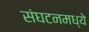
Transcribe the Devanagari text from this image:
संघटनमध्ये